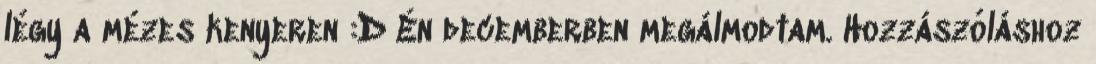
légy a mézes kenyeren :D Én decemberben megálmodtam. Hozzászóláshoz